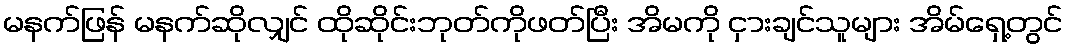
မနက်ဖြန် မနက်ဆိုလျှင် ထိုဆိုင်းဘုတ်ကိုဖတ်ပြီး အိမကို ငှားချင်သူများ အိမ်ရှေ့တွင်